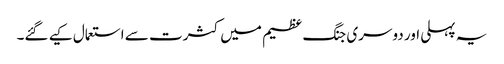
یہ پہلی اور دوسری جنگ عظیم میں کثرت سے استعمال کیے گئے۔